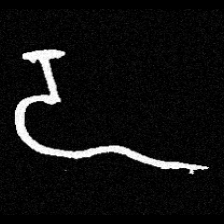
Pyu character \u2014 Myanmar letter: ဍ (romanized: dda)